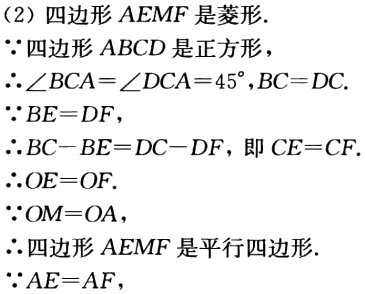
（2）四边形 \(AEMF\) 是菱形.
\(\because\)四边形 \(ABCD\) 是正方形，
\(\therefore\angle BCA=\angle DCA = 45^{\circ},BC = DC\).
\(\because BE = DF\)，
\(\therefore BC - BE=DC - DF\)，即 \(CE = CF\).
\(\therefore OE = OF\).
\(\because OM = OA\)，
\(\therefore\)四边形 \(AEMF\) 是平行四边形.
\(\because AE = AF\)，